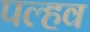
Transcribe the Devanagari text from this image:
पल्हव